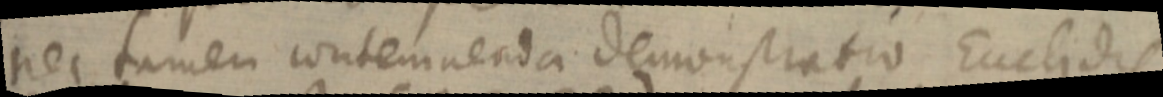
nec tamen contemnenda demonstratio Euclidis